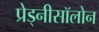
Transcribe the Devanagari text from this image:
प्रेड्नीसॉलोन